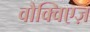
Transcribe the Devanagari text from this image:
वौक्विएज़